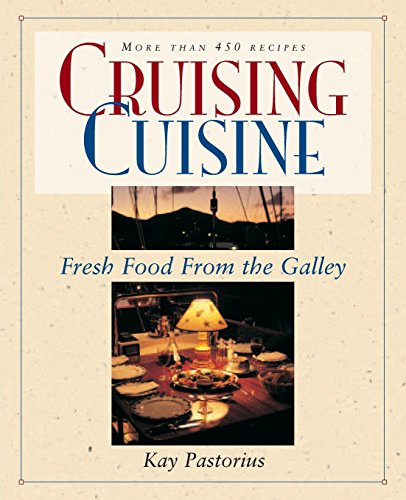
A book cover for Cruising Cuisine: Fresh Food from the Galley; Kay Pastorius; Cookbooks, Food & Wine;